Medical and sanitary report of the native army of Bengal for the year
Year: 1877
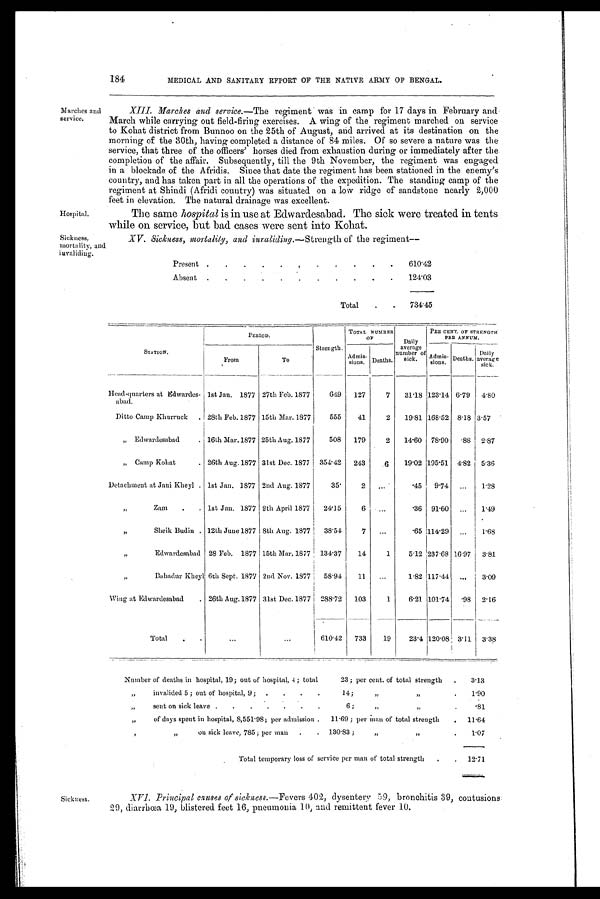
184
MEDICAL AND SANITARY REPORT OF THE NATIVE ARMY OF BENGAL.
Marches and
service.
Hospital.
Sickness.
mortality, and
invaliding .
XIII. Marches and service.— The regiment was in camp for 17 days in February and
March while carrying out field-firing exercises. A wing of the regiment marched on service
to Kohat district from Bunnoo on the 25th of August, arid arrived at its destination on the
morning of the 30th, having completed a distance of 84 miles. Of so severe a nature was the
service, that three of the officers' horses died from exhaustion during or immediately after the
completion of the affair. Subsequently, till the 9th November, the regiment was engaged
in a blockade of the Afridis. Since that date the regiment has been stationed in the enemy's
country, and has taken part in all the operations of the expedition. The standing camp of the
regiment at Shindi (Afridi country) was situated on a low ridge of sandstone nearly 2,000
feet in elevation. The natural drainage was excellent.
The same hospital is in use at Edwardesabad. The sick were treated in tents
while on service, but bad cases were sent into Kohat.
XV. Sickness, mortality, and iuraliding.— Strength of the regiment—
Present .
.
.
.
.
. .
.
.
.
.
610.42
Absent .
. .
.
.
.
.
.
.
.
.
124.03
Total
.
.
734.45
STATION.
PERIOD .
Strength.
TOTAL NUMBER
OF
Daily
average
number of
sick.
PER CENT. OF STRENGT
H
PER ANNUM.
From
To
Admis-sions.
Deaths.
Admis-sions Deaths
.
Daily
average
Head-quarters at Edwardes-
abad.
1st Jan. 1877 27th Feb. 1877
649
127
7
31.18 123.14 6.79
4.80
Ditto Camp Khurruck
. 28th Feb. 1877 15th Mar. 1877
555
41
2
19.81 168.52 8.18 3.57
„ Edwardesabad
. 16th Mar. 1877 25th Aug. 1877
508
179
2
14.60 78.90
. 88 2.87
„ Camp Kohat
. 26th Aug. 1877 31st Dec. 1877
354.42
243
.6
19.02 195.51 4.82
5.36
Detachment at Jani Kheyl . 1st Jan. 1877 2nd Aug. 1877
35.
2
...
.45
9.74
...
1.28
„
Zam
. 1st Jan. 1.877 9th April 1877
24.15
6
...
.36 91.60
...
1.49
„
Sheik Budin . 12th June 1877 8th Aug. 1877
38.54
7
...
.65 114. 29
...
1.68
„
Edwardesabad 28 Feb. 1877 15th Mar. 1877
134.37
14
1
5.12 237.68 16 .97 3.81
„
Bahadur Kheyl 6th Sept. 1877 2nd Nov. 1877
58.94
11
...
1.82 117.44 ...
3.09
Wing at Edwardesabad
. 26th Aug.1877 31st Dec. 1877
288.72
103
1
6.21 101.74
. 9 8 2.16
Total
.
...
...
610.42
733
19
23.4 120.08 3.11
3.38
Number of deaths in hospital, 19; out of hospital, 4 ; total
23 ; per cent. of total strength .
3.13
„
invalided 5 ; out of hospital, 9 ;
.
.
.
.
14;
,,
.
1.90
„
sent on sick leave .
.
.
..
.
.
.
6;
„
.
.81
„
of days spent in hospital, 8,551.98; per admission .
11.69 ; per man of total strength
.
11.64
,,
on sick leave, 785; per man
.
. 130.83;
„
„
.
1.07
Total temporary loss of service per man of total strength
.
.
12.71
Sickness.
XVI. Principal causes of sickness.— Fevers 402, dysentery 59, bronchitis 39, contusions
29, diarrhœea 19, blistered feet 16, pneumonia 10, and remittent fevr 10.